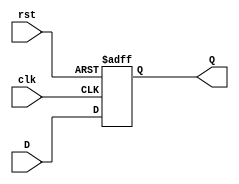
`timescale 1ns / 1ps

module dff(
    input D,
    input clk,
    input rst,
    output reg Q
    );
 
always @ (posedge(clk), posedge(rst))
begin
    if (rst == 1)
        Q <= 1'b0;
    else
            Q <= D;
end
     
endmodule